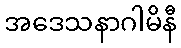
အဒေသနာဂါမိနီ